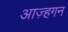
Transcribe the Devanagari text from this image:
आज़्हगन